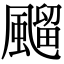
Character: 飀